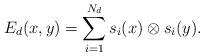
LaTeX: \begin{align*}E_d(x,y) = \sum_{i=1}^{N_d} s_i(x)\otimes s_i(y).\end{align*}